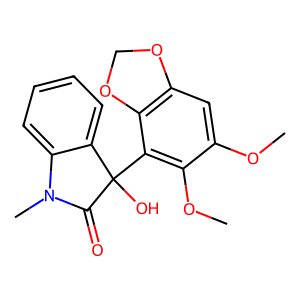
SMILES: COc1cc2c(c(C3(O)C(=O)N(C)c4ccccc43)c1OC)OCO2
Inhibits HIV replication: No